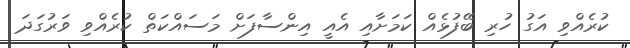
ކުރެއްވި އަގު ހުރި ބޭފުޅެއް ކަމަށާއި އެއީ އިންސާފަށް މަސައްކަތް ކުރެއްވި ވަރުގަދަ